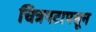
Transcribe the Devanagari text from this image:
चित्रपटापसून